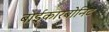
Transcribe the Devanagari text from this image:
बाईकारबोनिट